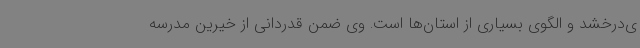
ی‌درخشد و الگوی بسیاری از استان‌ها است. وی ضمن قدردانی از خیرین مدرسه